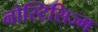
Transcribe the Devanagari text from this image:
नोस्टिसिज्म